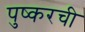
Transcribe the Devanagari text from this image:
पुष्करची